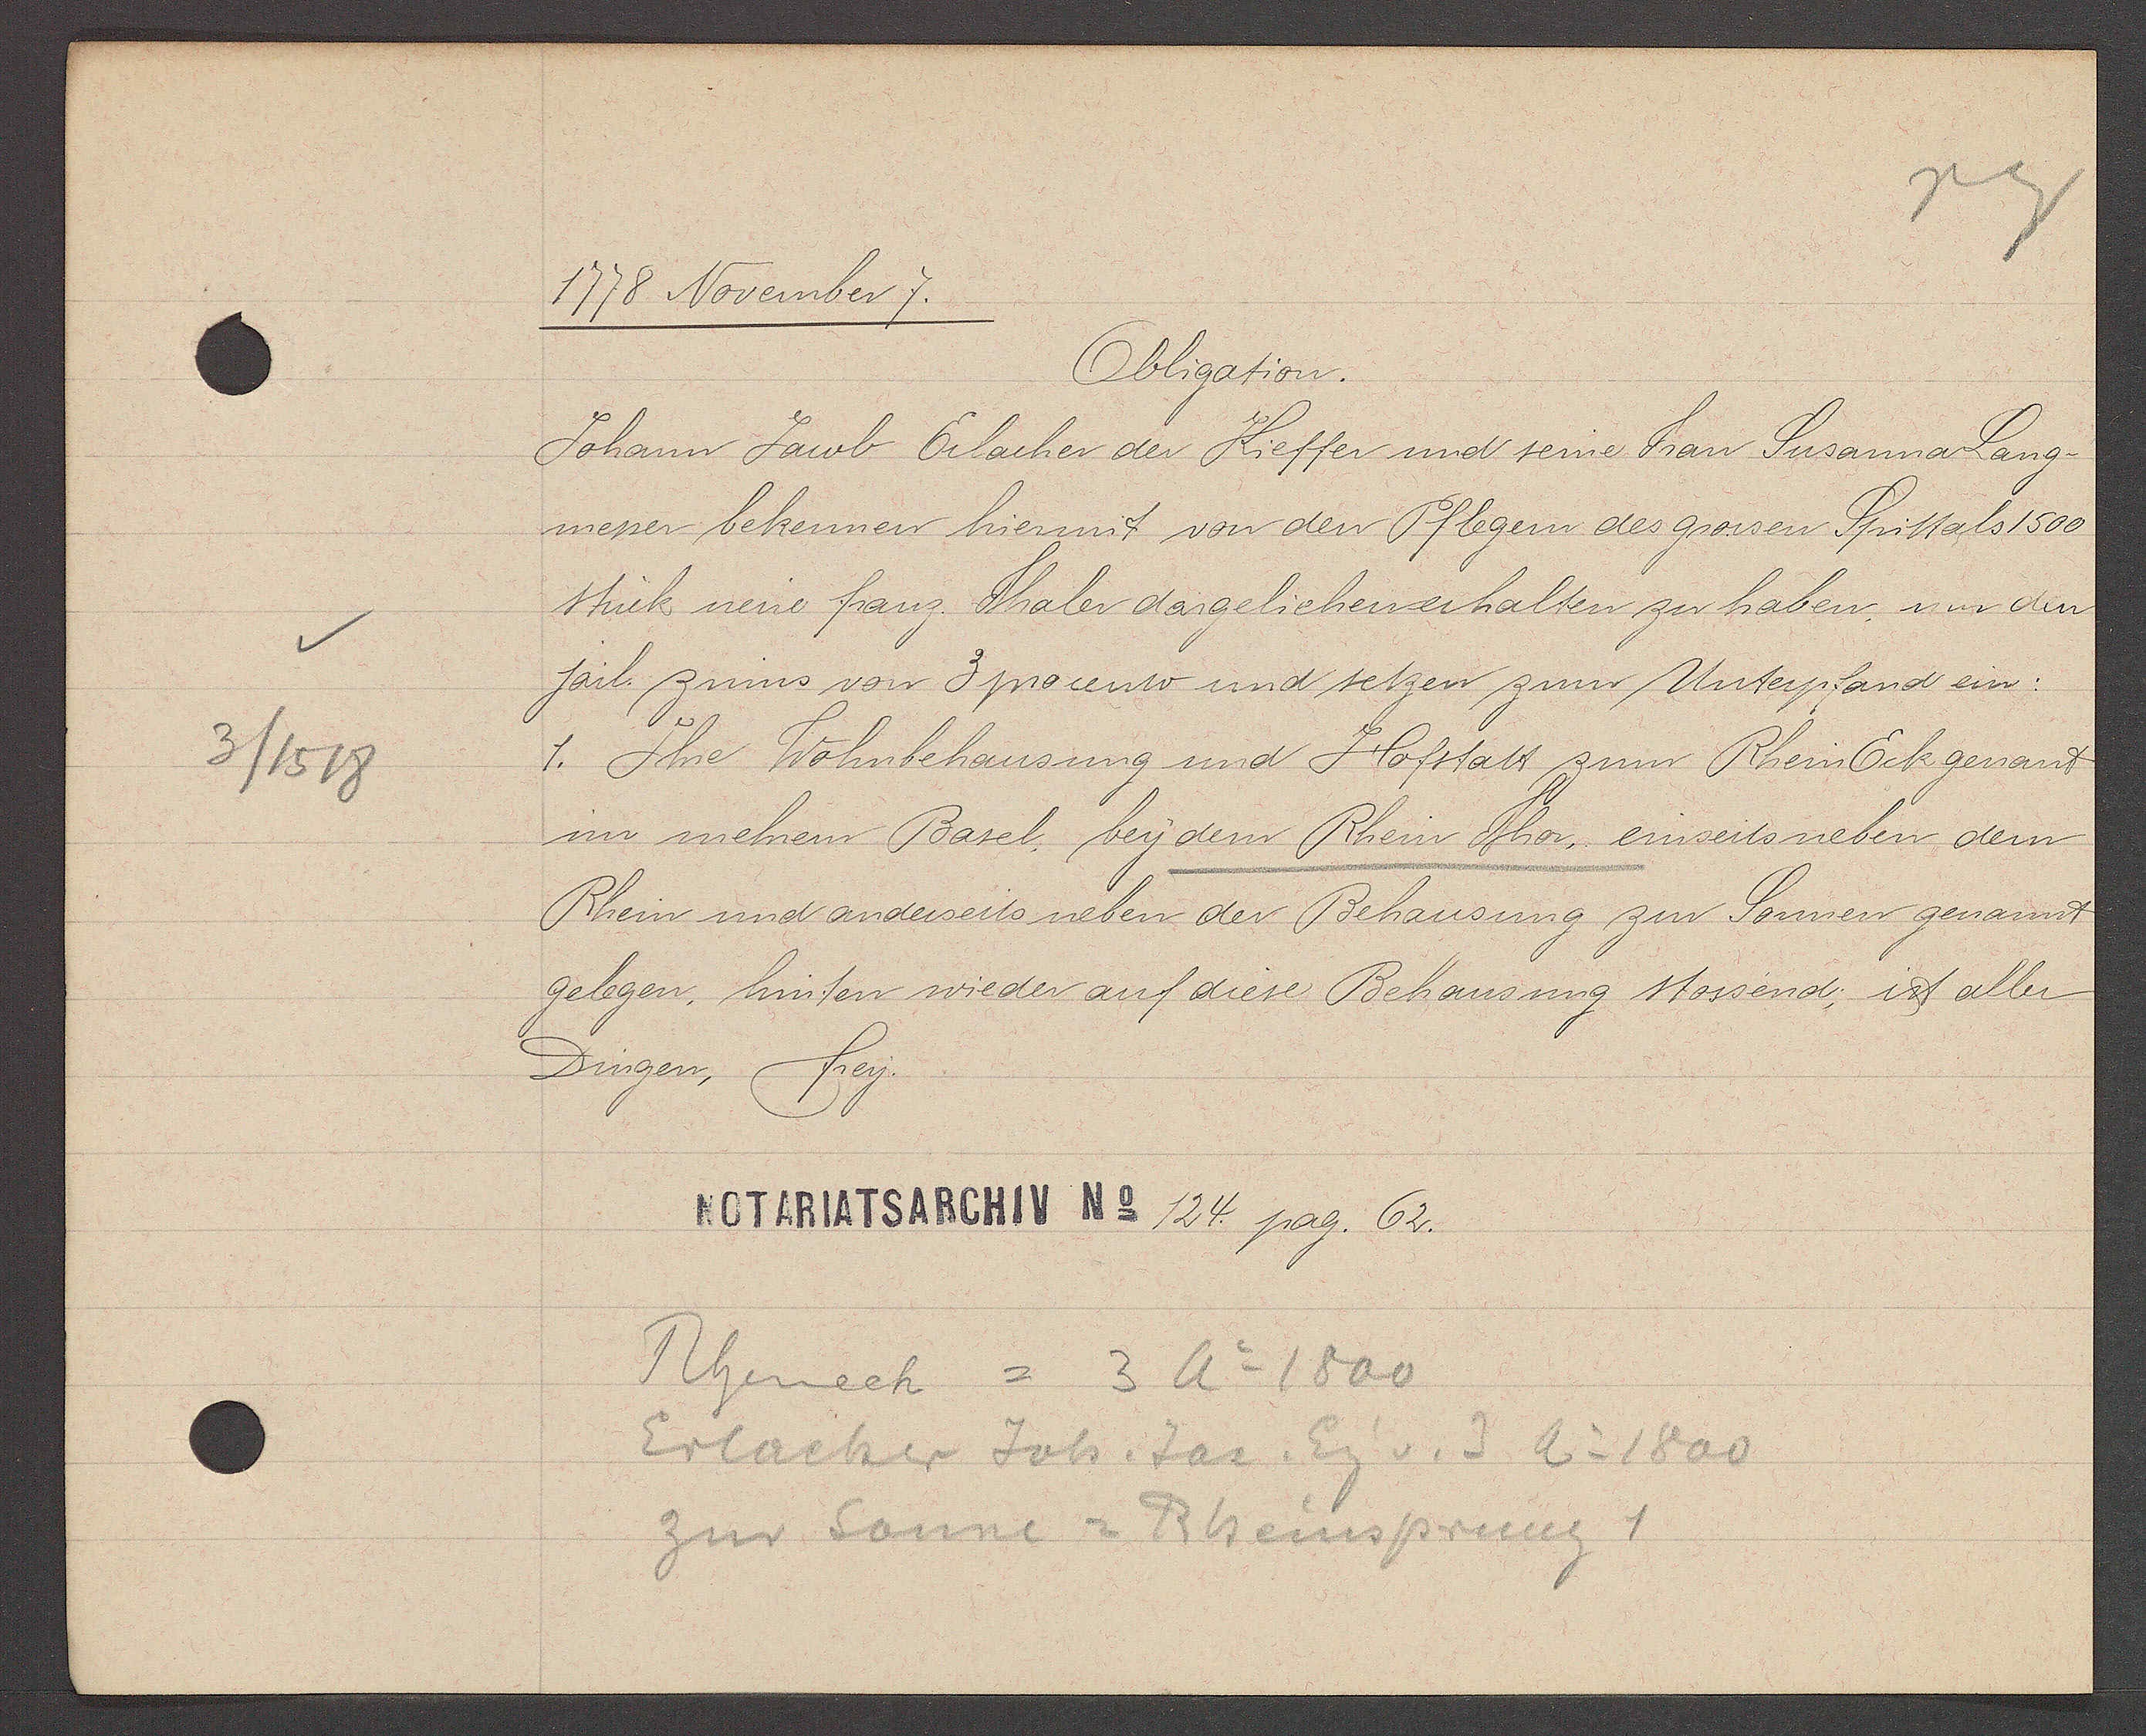
Transcript:
3 / 1518

1778 November 7.
Obligation.
Johann Jacob Erlacher der Kieffer und seine Frau Susanna Lang-
messer bekennen hiermit von den Pflegern des grossen Spittals 1500
stück neue franz. Thaler dargeliehen erhalten zu haben, nur den
järl. zinns von 3 procento und setzen zum Unterpfand ein:
1. Ihre Wohnbehausung und Hofstatt zum Rhein Eck genant
im mehrern Basel, bey dem Rhein Thor einseits neben dem
Rhein und anderseits neben der Behausung zur Sonnen genant
gelegen, hinten wieder auf diese Behausung stossend; ist aller
Dingen, freÿ.
124. pag. 62.
Rheinech = 3 Ao 1800
Erlacher Joh. Jac. Eig v. 3 Ao 1800
zur Sonne = Rheinsprung 1